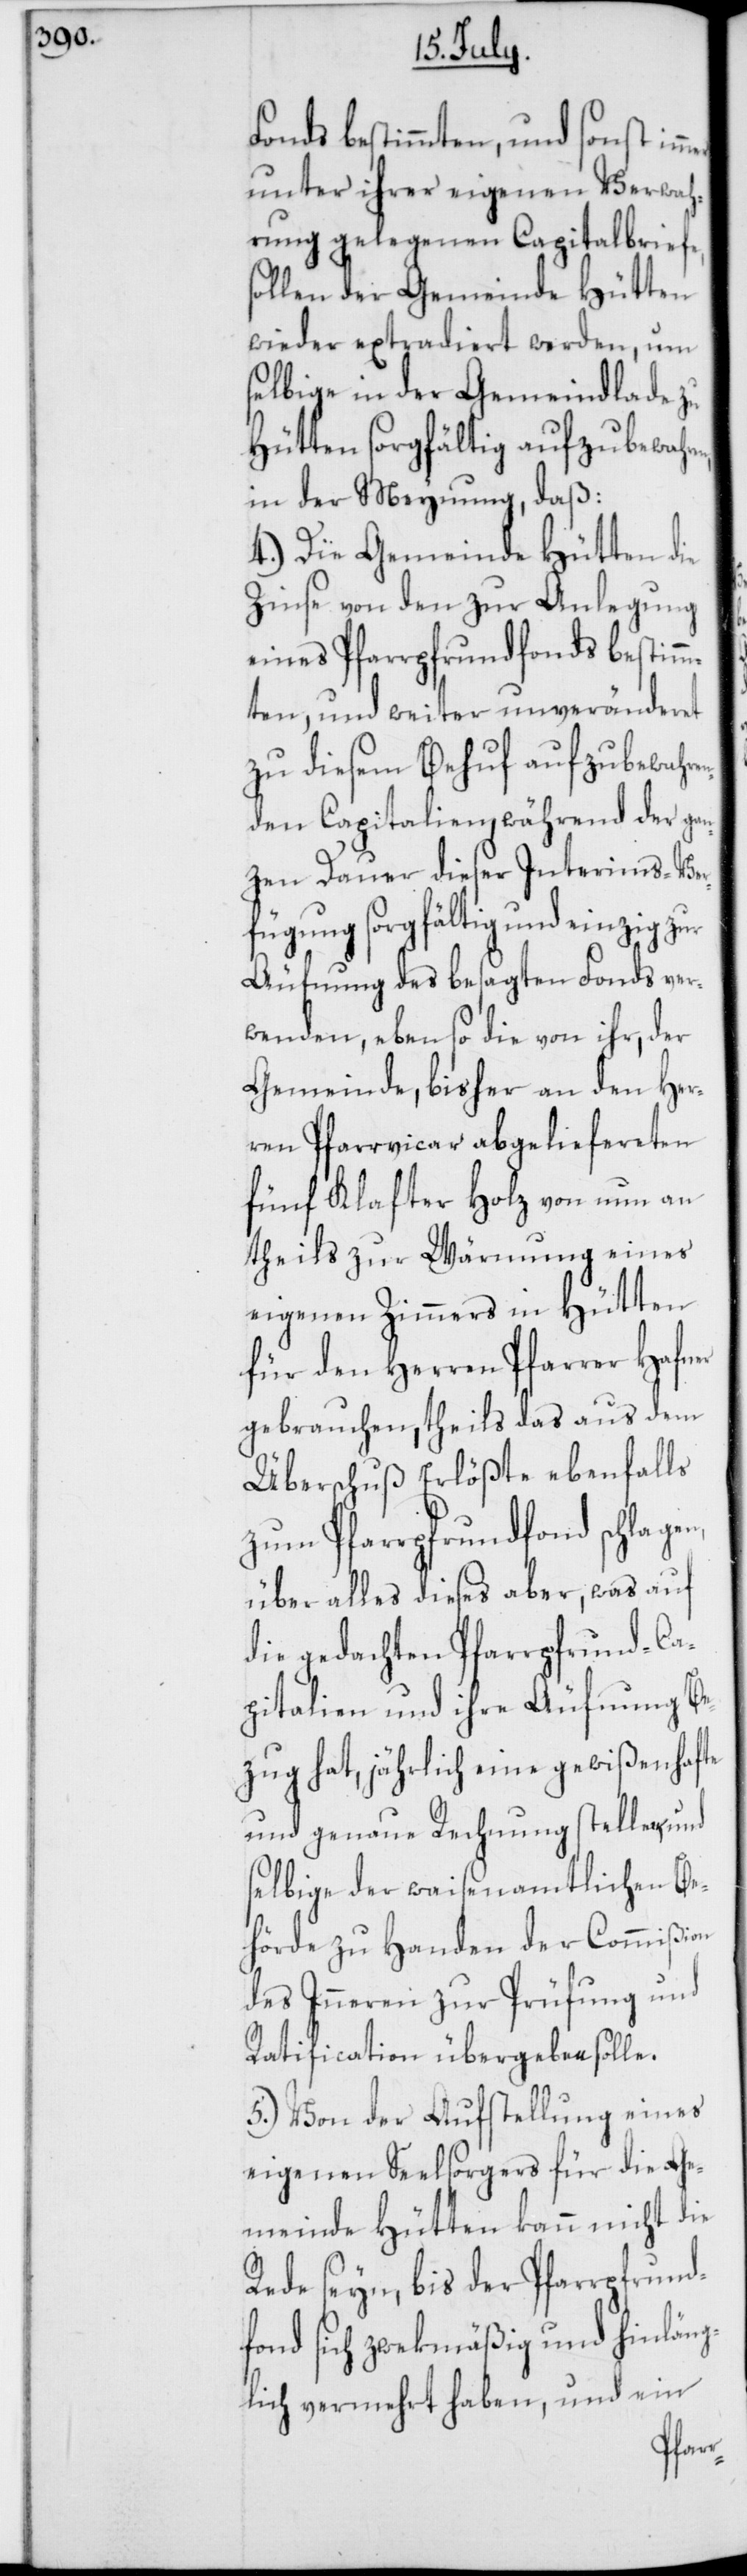
Fonds bestimmten, und sonst
unter ihrer eigenen Verwah¬
rung gelegenen Capitalbriefe,
sollen der Gemeinde Hütten
wieder extradiert werden, um
selbige in der Gemeindlade zu
Hütten sorgfältig aufzubewah¬
in der Meynung daß:
4.) Die Gemeinde Hütten die
Zinse von den zur Anlegung
eines Pfarrpfrundfonds bestimm¬
ten, und weiter unveränderet
zu diesem Behuf aufzubewahre¬
nden Capitalien, während der gan¬
zen Dauer dieser Interims-Ver¬
fügung sorgfältig und einzig zur
Äufnung des besagten Fonds ver¬
wenden, eben so die von ihr, der
Gemeinde, bisher an den Her¬
ren Pfarrvicar abgeliefereten
fünf Klafter Holz von nun an
theils zur Wärmung eines
eigenen Zimmers in Hütten
für den Herren Pfarrer Hafner
gebrauchen, theils das aus dem
Überschuß Erlöste ebenfalls
zum Pfarrpfrund-Fonds schlagen,
über alles dieses aber, was auf
die gedachten Pfarrpfrund-Ca¬
pitalien und ihre Äufnung Be¬
zug hat, jährlich eine gewißenhafte
und genaue Rechnung stelle, und
selbige der waisenamtlichen Be¬
hörde zu Handen der Commißion
des Inneren zur Prüfung und
Ratification übergeben solle.
5.) Von der Aufstellung eines
eigenen Seelsorgers für die Ge¬
meinde Hütten kann nicht die
Rede seyn, bis der Pfarrpfund¬
fond sich zwekmäßig und hinläng¬
lich vermehrt haben, und ein
ren,